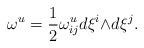
LaTeX: \begin{align*}{\omega}^{u}=\frac{1}{2}{\omega}^{u}_{ij} d{\xi}^{i}{\wedge}d{\xi}^{j}.\end{align*}